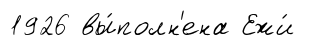
1926 вы́полн'ена Ежи́